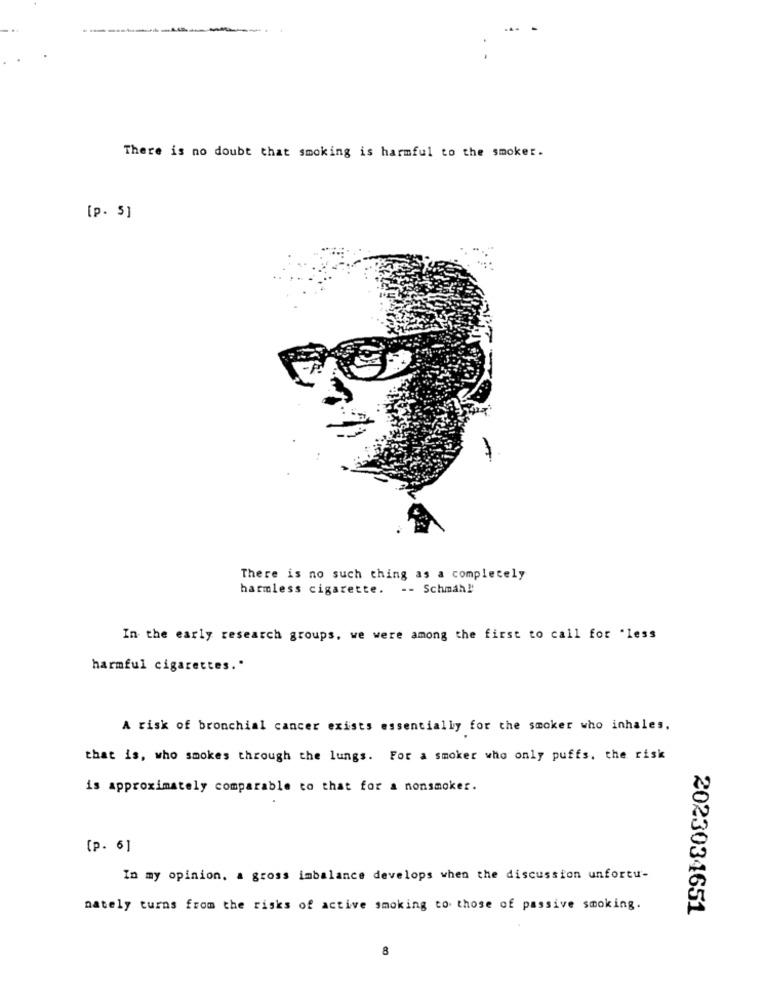
-
There is no doubt that smoking is harmful to the smoker.
[p. 5]
There is no such thing as a completely
harmless cigarette. -- Schmah !!
In the early research groups, we were among the first to call for "less
harmful cigarettes."
A risk of bronchial cancer exists essentially for the smoker who inhales,
that is, who smokes through the lungs. For a smoker who only puffs. the risk
is approximately comparable to that for a nonsmoker.
[p. 6]
In my opinion. a gross imbalance develops when the discussion unfortu-
nately turns from the risks of active smoking to those of passive smoking.
2023034651
8